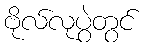
ဗိုလ်လုပွဲတွင်